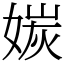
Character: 㛶